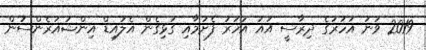
2019 ވަނަ އަހަރުގެ ދިރާސީ އައު އަހަރު ފެށުމާއި ގުޅިގެން އެލައިޑް އިންޝުއަރެންސުން